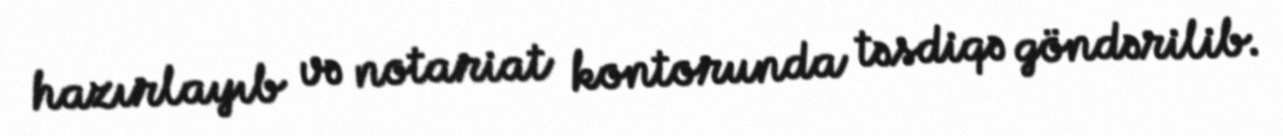
hazırlayıb və notariat kontorunda təsdiqə göndərilib.